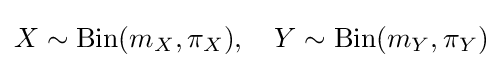
X\sim \operatorname {Bin} (m_{X},\pi _{X}),\quad Y\sim \operatorname {Bin} (m_{Y},\pi _{Y})